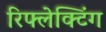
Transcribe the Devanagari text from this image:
रिफ्लेक्टिंग